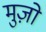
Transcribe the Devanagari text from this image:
मुज़ो